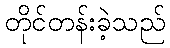
တိုင်တန်းခဲ့သည်